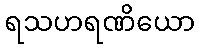
ရသဟရဏိယော